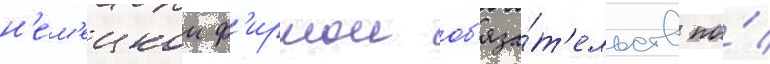
н'ем'ецкои ф'ирмои об'яза́т'ельств по́